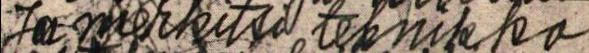
Ja merkitsi teknikko